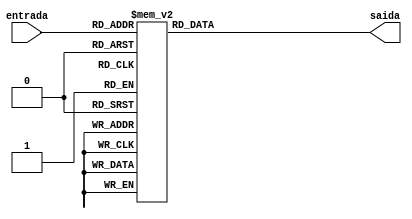
module representador (entrada, saida);
input wire [3:0] entrada;
output reg [6:0] saida;

always @ ( * ) begin
  case (entrada)
    4'b0000 : saida =  7'b1000000 ;   // 0
    4'b0001 : saida =  7'b1111001 ;   // 1
    4'b0010 : saida =  7'b0100100 ;   // 2
    4'b0011 : saida =  7'b0110000 ;   // 3
    4'b0100 : saida =  7'b0011001 ;   // 4
    4'b0101 : saida =  7'b0010010 ;   // 5
    4'b0110 : saida =  7'b0000010 ;   // 6
    4'b0111 : saida =  7'b1111000 ;   // 7
    4'b1000 : saida =  7'b0000000 ;   // 8
    4'b1001 : saida =  7'b0010000 ;   // 9
    4'b1010 : saida =  7'b0001000 ;   // A
    4'b1011 : saida =  7'b1000010 ;   // B
    4'b1100 : saida =  7'b0000111 ;   // C
    4'b1101 : saida =  7'b1100000 ;   // D
    4'b1110 : saida =  7'b0000110 ;   // E
    4'b1111 : saida =  7'b0001110 ;   // F
  endcase
end

endmodule //representador